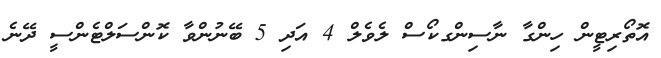
އޮތޯރިޓީން ހިންގާ ނާސިންގކޯސް ލެވެލް 4 އަދި 5 ބޭނުންވާ ކޮންސަލްޓެންސީ ދޭނެ